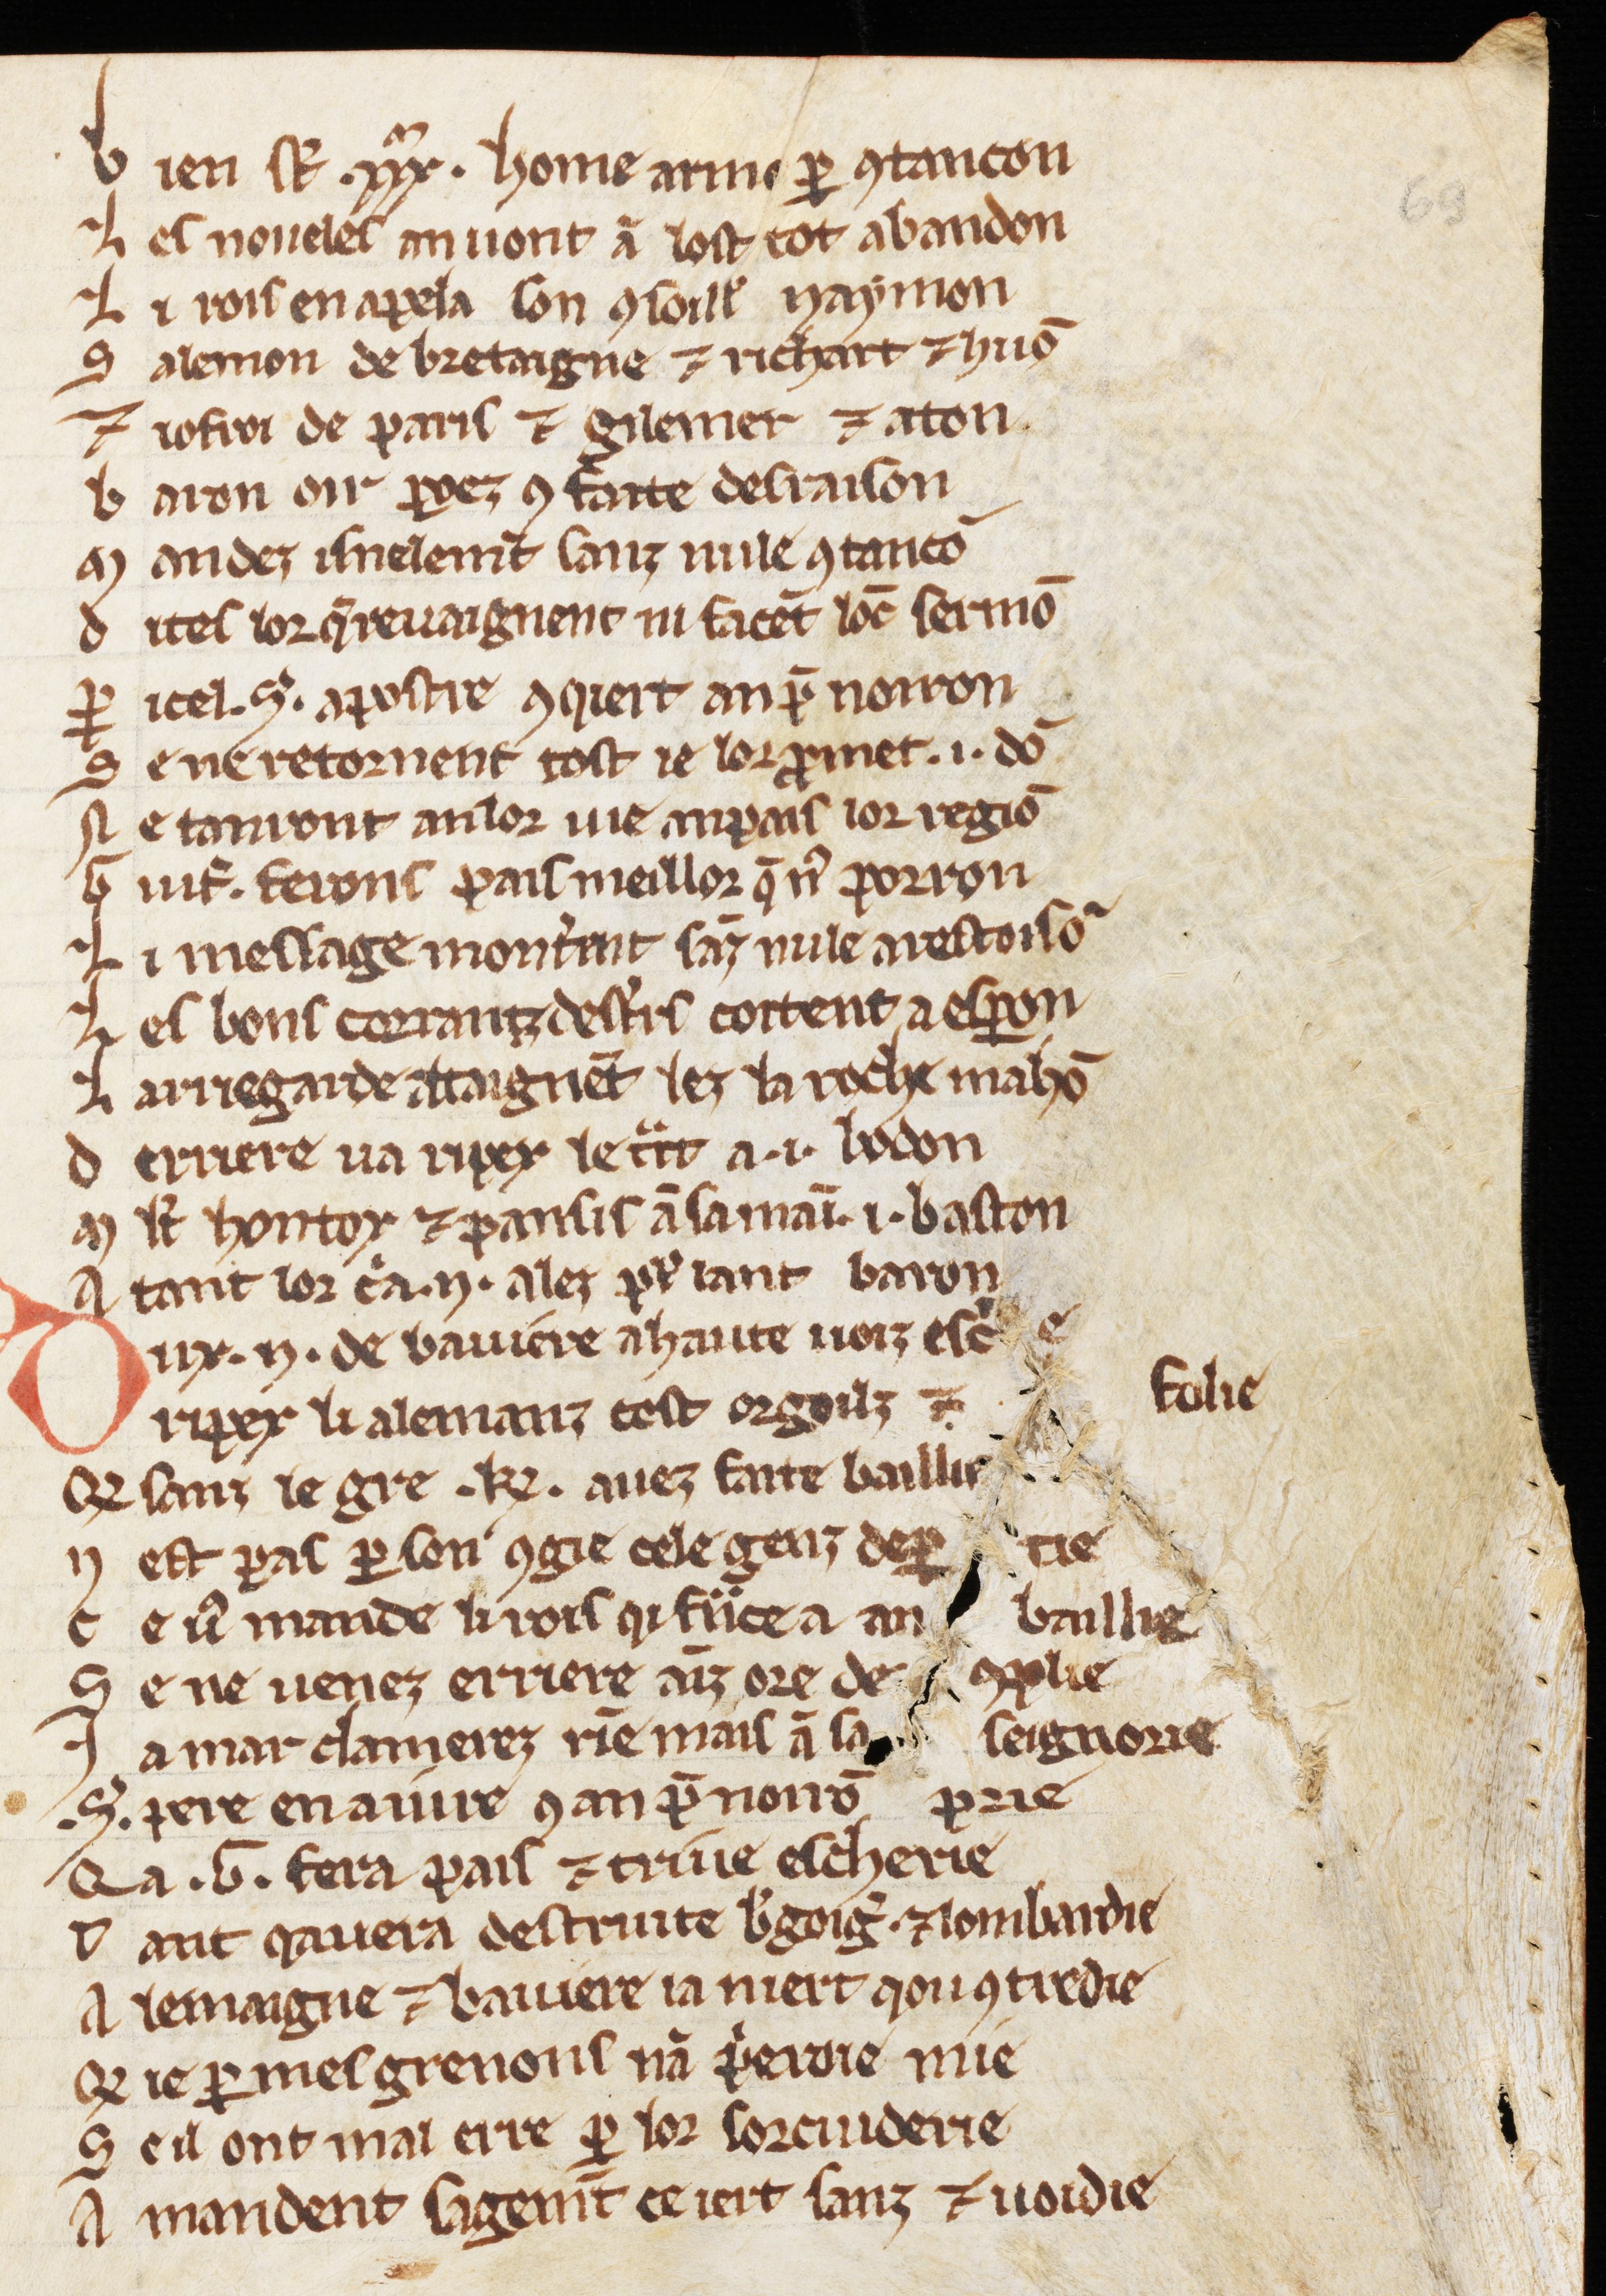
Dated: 1270–1299